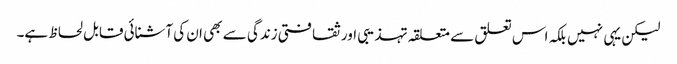
لیکن یہی نہیں بلکہ اس تعلق سے متعلقہ تہذیبی اور ثقافتی زندگی سے بھی ان کی آشنائی قابل لحاظ ہے۔